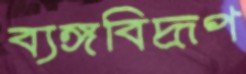
ব্যঙ্গবিদ্রূপ